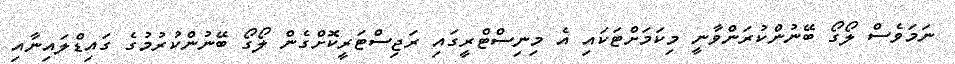
ނަމަވެސް ލޯގޯ ބޭނުންކުރަންވާނީ މިކަމަށްޓަކައި އެ މިނިސްޓްރީގައި ރަޖިސްޓަރީކޮށްގެން ލޯގޯ ބޭނުންކުރުމުގެ ގައިޑްލައިނާއި